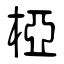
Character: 椏